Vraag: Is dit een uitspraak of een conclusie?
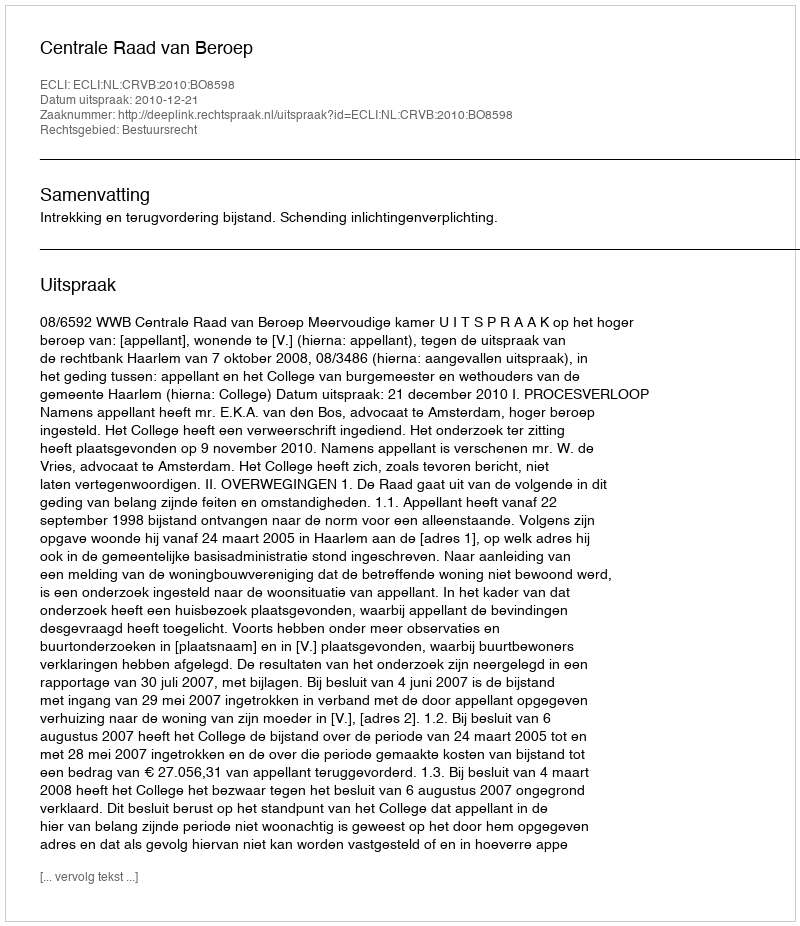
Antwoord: Uitspraak